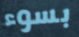
بسوء